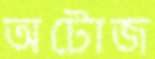
অটোজ